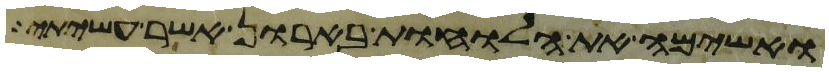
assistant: ואשימה את הלוחות בארון אשר עשיתי